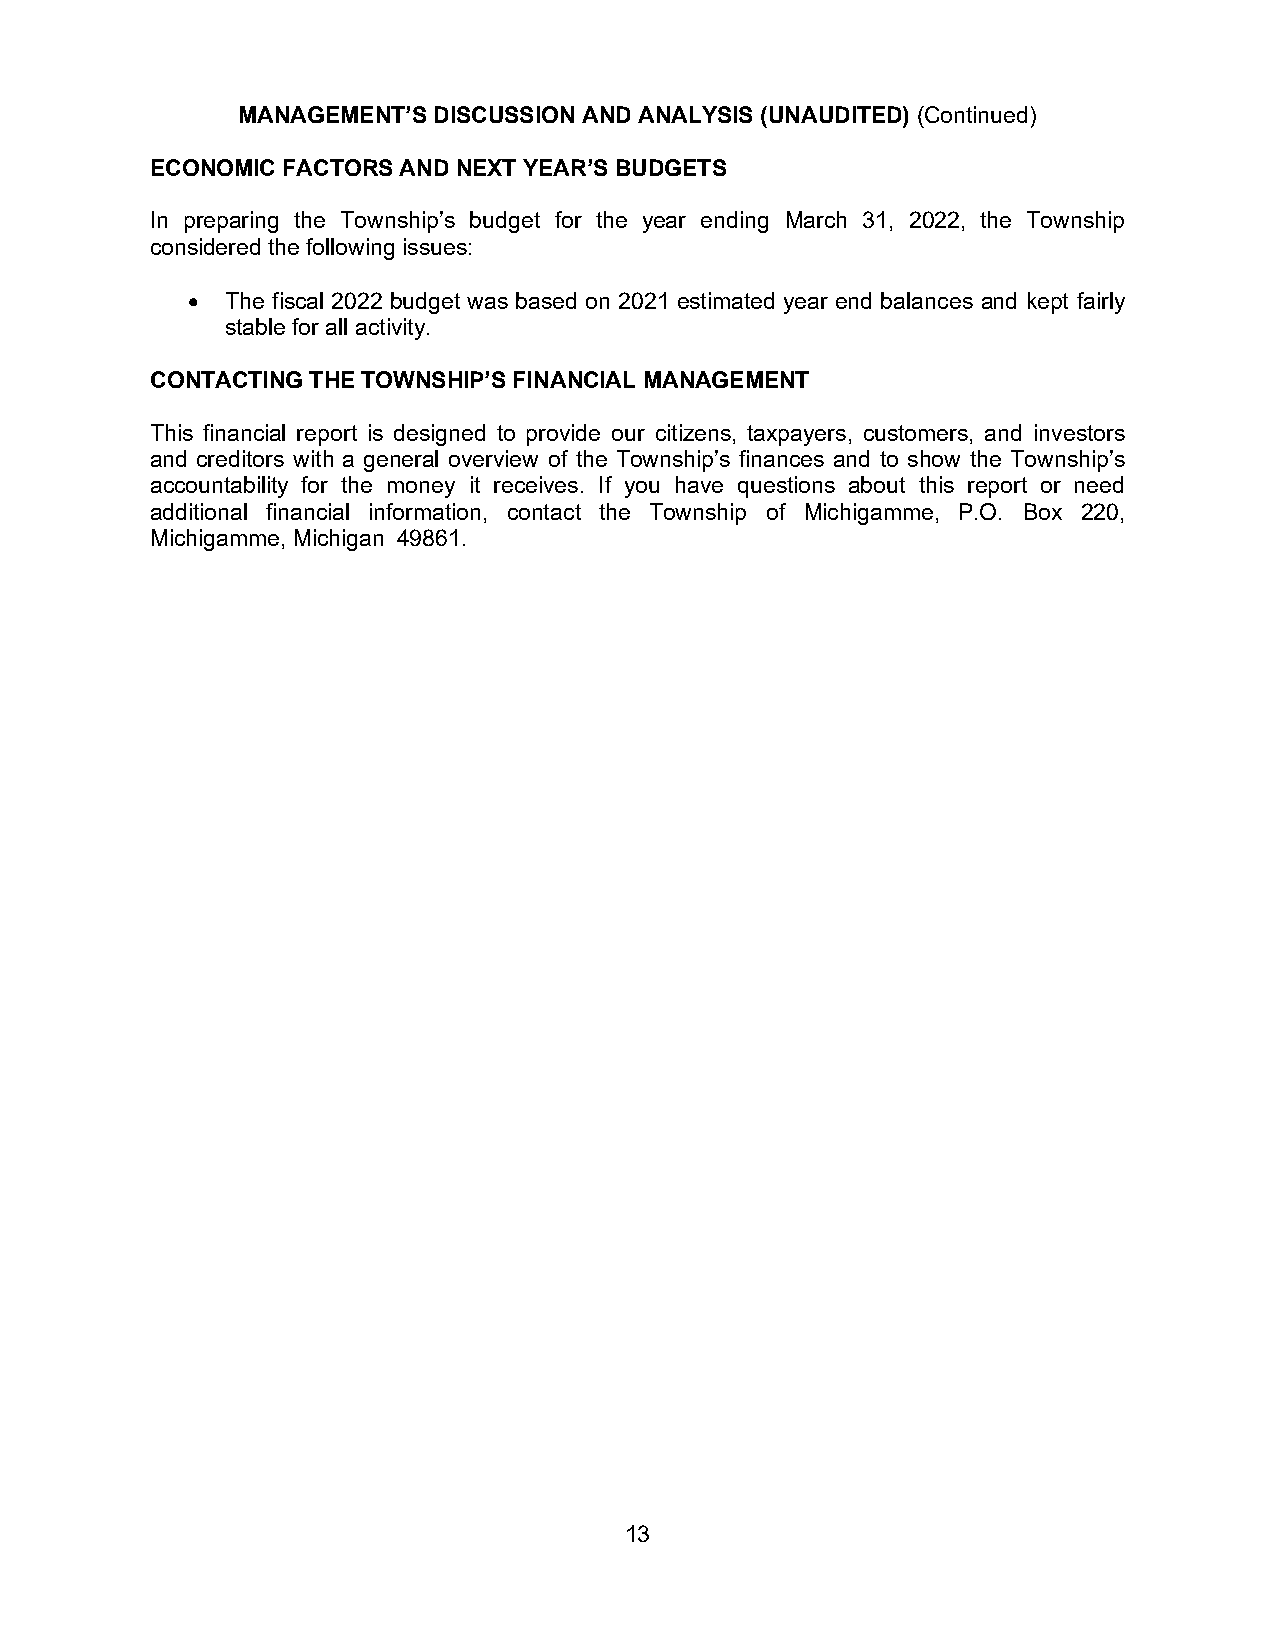
MANAGEMENT’S DISCUSSION AND ANALYSIS (UNAUDITED) (Continued)
 ECONOMIC FACTORS AND NEXT YEAR’S BUDGETS
 In preparing the Township’s budget for the year ending March 31, 2022, the Township
 considered the following issues:
 •  The fiscal 2022 budget was based on 2021 estimated year end balances and kept fairly
 stable for all activity.
 CONTACTING THE TOWNSHIP’S FINANCIAL MANAGEMENT
 This financial report is designed to provide our citizens, taxpayers, customers, and investors
 and creditors with a general overview of the Township’s finances and to show the Township’s
 accountability for the money it receives. If you have questions about this report or need
 additional financial information, contact the Township of Michigamme, P.O. Box 220,
 Michigamme, Michigan 49861.
 13